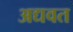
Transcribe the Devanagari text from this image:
अद्यवत